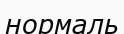
нормаль